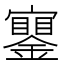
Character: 𨭧